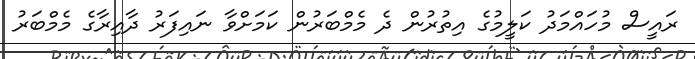
ރައީސް މުހައްމަދު ކަލީމުގެ އިތުރުން ދެ މެމްބަރުން ކަމަށްވާ ނައިފަރު ދާއިރާގެ މެމްބަރު